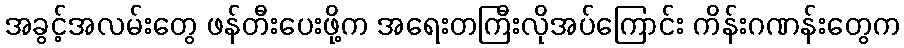
အခွင့်အလမ်းတွေ ဖန်တီးပေးဖို့က အရေးတကြီးလိုအပ်ကြောင်း ကိန်းဂဏန်းတွေက